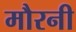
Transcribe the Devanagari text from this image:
मौरनी